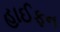
હાઈફન